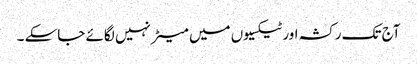
آج تک رکشہ اور ٹیکسیوں میں میٹر نہیں لگائے جاسکے ۔